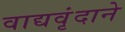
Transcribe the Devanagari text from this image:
वाद्यवृंदाने